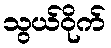
သွယ်ဝိုက်